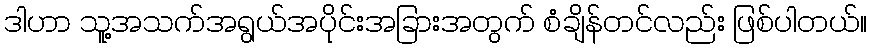
ဒါဟာ သူ့အသက်အရွယ်အပိုင်းအခြားအတွက် စံချိန်တင်လည်း ဖြစ်ပါတယ်။